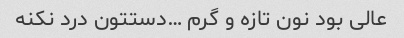
عالی بود نون تازه و گرم …دستتون درد نکنه